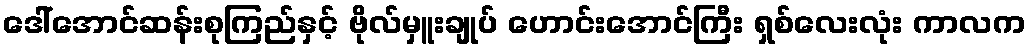
ဒေါ်အောင်ဆန်းစုကြည်နှင့် ဗိုလ်မှူးချုပ် ဟောင်းအောင်ကြီး ရှစ်လေးလုံး ကာလက